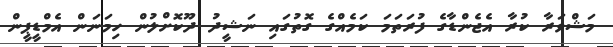
މަޝްވަރާ ކުރާ އެޖެންޑާގެ ފުރަތަމަ ކަމެއްގެ ގޮތުގައި ނަޝީދު ދޫކޮށްލުން ހިމަނަން އެމްޑީޕީން